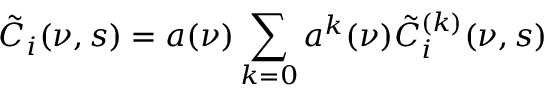
\tilde { C } _ { i } ( \nu , s ) = a ( \nu ) \sum _ { k = 0 } a ^ { k } ( \nu ) \tilde { C } _ { i } ^ { ( k ) } ( \nu , s )